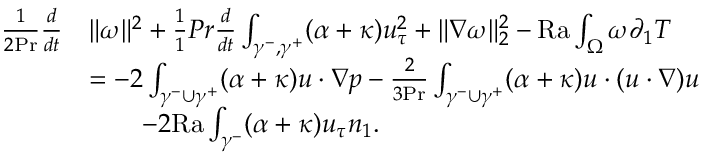
\begin{array} { r l } { \frac { 1 } { 2 \mathrm { P r } } \frac { d } { d t } } & { \| \omega \| ^ { 2 } + \frac { 1 } { 1 } { { P r } } \frac { d } { d t } \int _ { \gamma ^ { - } , \gamma ^ { + } } ( \alpha + \kappa ) u _ { \tau } ^ { 2 } + \| \nabla \omega \| _ { 2 } ^ { 2 } - \mathrm { { R a } } \int _ { \Omega } \omega \partial _ { 1 } T } \\ & { = - 2 \int _ { \gamma ^ { - } \cup \gamma ^ { + } } ( \alpha + \kappa ) u \cdot \nabla p - \frac { 2 } { 3 \mathrm { P r } } \int _ { \gamma ^ { - } \cup \gamma ^ { + } } ( \alpha + \kappa ) u \cdot ( u \cdot \nabla ) u } \\ & { \qquad - 2 \mathrm { { R a } } \int _ { \gamma ^ { - } } ( \alpha + \kappa ) u _ { \tau } n _ { 1 } . } \end{array}